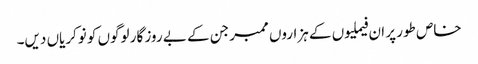
خاص طور پر ان فیملیوں کے ہزاروں ممبر جن کے بے روز گار لوگوں کو نوکریاں دیں۔